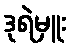
ဒုရဲမှူး